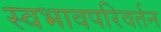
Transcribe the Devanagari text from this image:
स्वभावपरिवर्तन